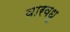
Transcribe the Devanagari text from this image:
वारवधू